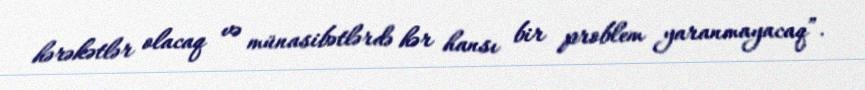
hərəkətlər olacaq və münasibətlərdə hər hansı bir problem yaranmayacaq”.